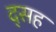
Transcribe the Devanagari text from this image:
द्सह